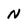
Character: N